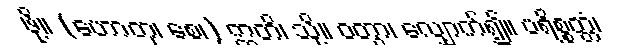
ဖို့။ (ဟောတု၊ စေ၊) ဣတိ၊ သို့။ ဝတွာ၊ လျှောက်၍။ ပရိစ္စတ္တံ၊